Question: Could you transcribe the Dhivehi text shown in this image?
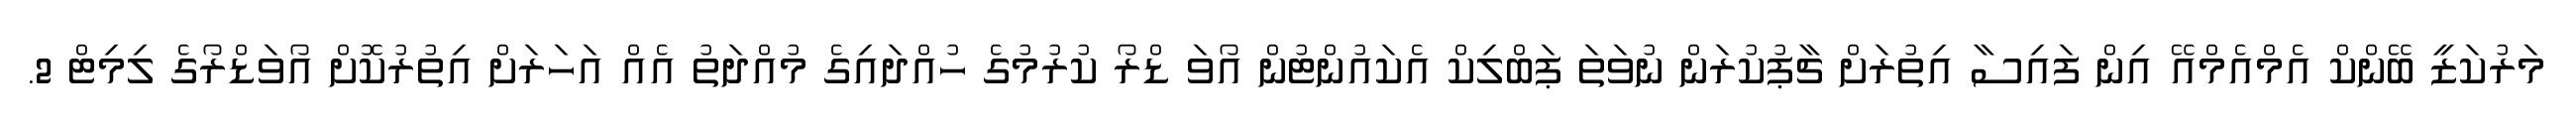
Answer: މަރުކަޒީ ބޭންކް އެމްއެމްއޭ އިން ފައިސާ އިތުރަށް ޗާޕުކުރަން ނުވަތަ ޕަބްލިކް އެކައުންޓުން އޯވަ ޑްރޯ ކުރުމުގެ ހުއްދައިގެ މުއްދަތު އެއް އަހަރަށް އިތުރުކޮށް އޯވަޑްރޯގެ ލިމިޓް 2.